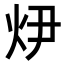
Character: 𭴏